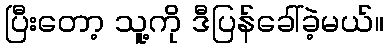
ပြီးတော့ သူ့ကို ဒီပြန်ခေါ်ခဲ့မယ်။